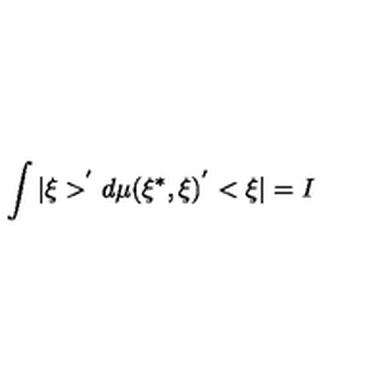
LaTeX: \int | \xi > ^ { ^ { \prime } } d \mu ( \xi ^ { * } , \xi ) ^ { ^ { \prime } } < \xi | = I